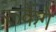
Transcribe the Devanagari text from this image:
रूकेंगे